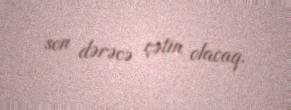
son dərəcə çətin olacaq.